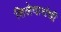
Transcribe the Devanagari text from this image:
शिलेदारांची